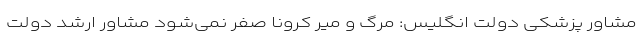
مشاور پزشکی دولت انگلیس: مرگ ‌و میر کرونا صفر نمی‌شود مشاور ارشد دولت